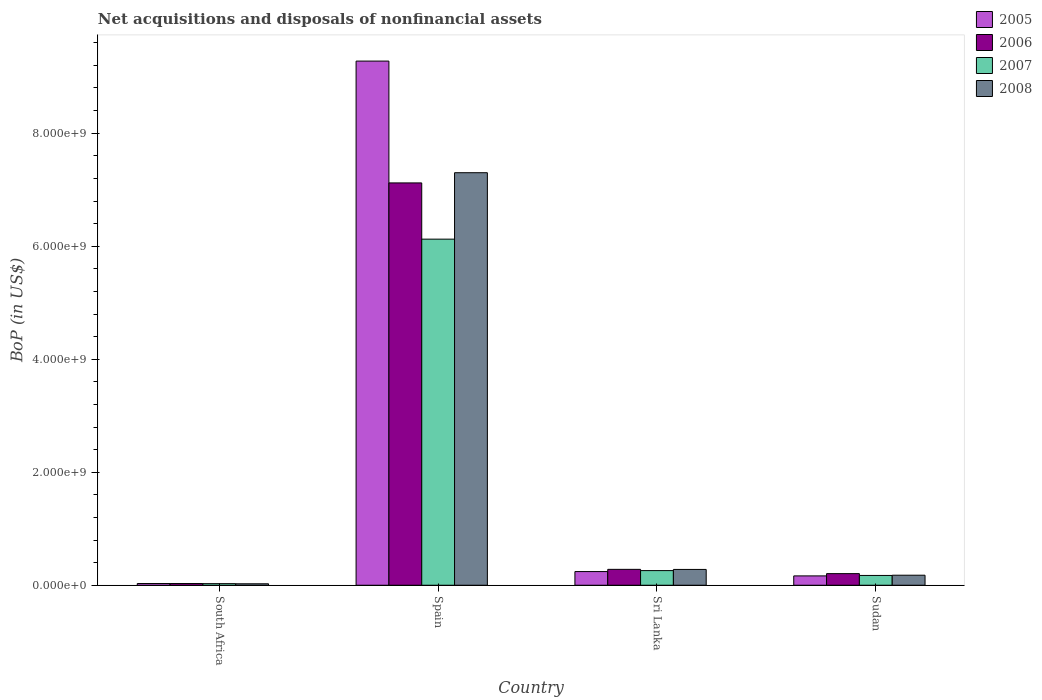
| Country | 2005 | 2006 | 2007 | 2008 |
 | --- | --- | --- | --- | --- |
 | South Africa | 3.04e+07 | 3.02e+07 | 2.8e+07 | 2.55e+07 |
 | Spain | 9.28e+09 | 7.12e+09 | 6.12e+09 | 7.3e+09 |
 | Sri Lanka | 2.42e+08 | 2.81e+08 | 2.59e+08 | 2.8e+08 |
 | Sudan | 1.65e+08 | 2.05e+08 | 1.73e+08 | 1.77e+08 |